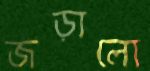
জড়ালো